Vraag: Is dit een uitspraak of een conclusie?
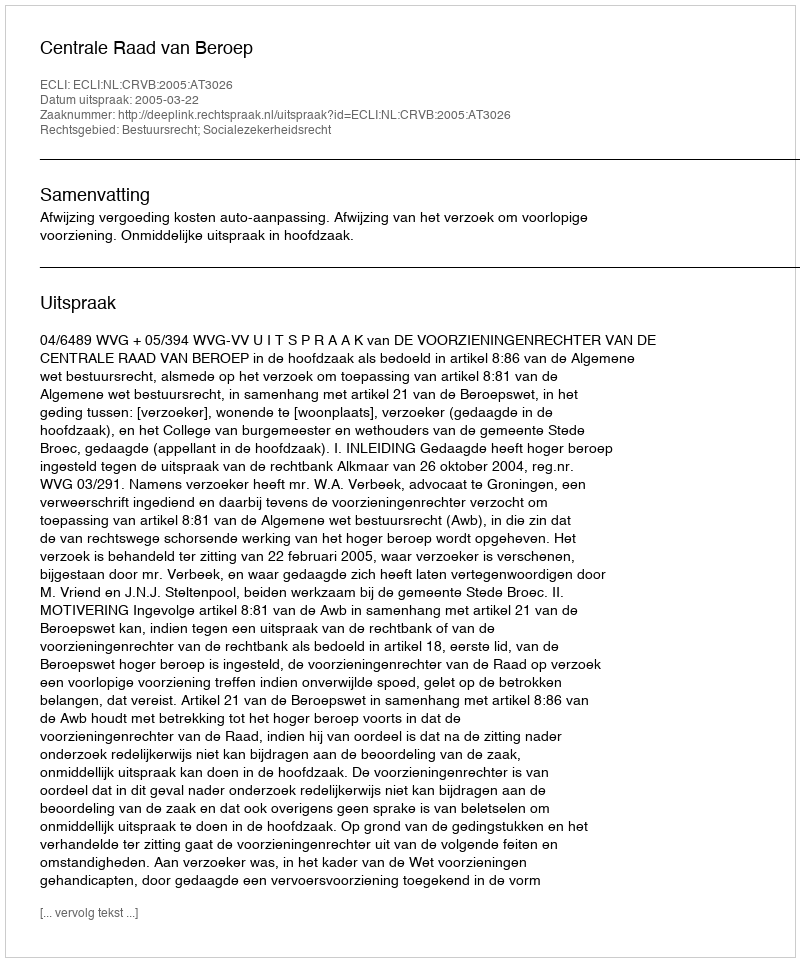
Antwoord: Uitspraak